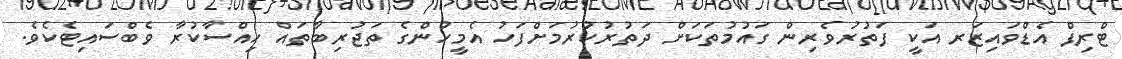
ޓްރިޕް އެޑްވައިޒަރ އަކީ ފަތުރުވެރިން ގައުމުތަކަށް ދަތުރުކުރުމަށްފަހު އެމީހުންގެ ތަޖުރިބާތައް ހިއްސާކުރާ ވެބްސައިޓެކެވެ.